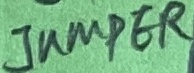
Text: JUMPER